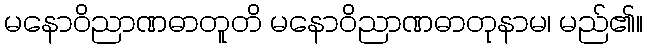
မနောဝိညာဏဓာတူတိ မနောဝိညာဏဓာတုနာမ၊ မည်၏။